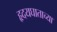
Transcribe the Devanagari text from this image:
हृदयघाताच्या